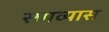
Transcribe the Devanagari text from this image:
समव्यास